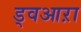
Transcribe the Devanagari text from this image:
ड्वआऱा